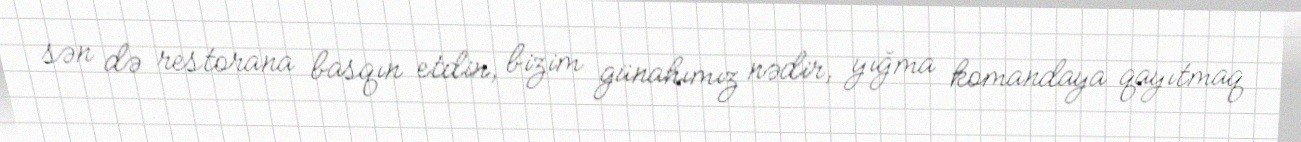
sən də restorana basqın etdin, bizim günahımız nədir, yığma komandaya qayıtmaq